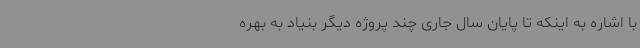
با اشاره به اینکه تا پایان سال جاری چند پروژه دیگر بنیاد به بهره